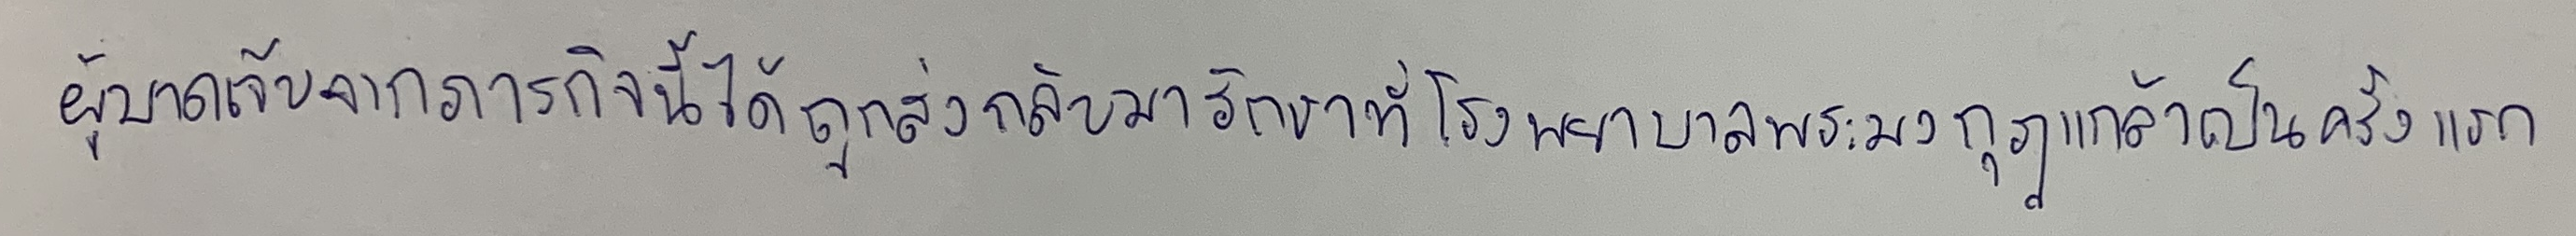
ผู้บาดเจ็บจากภารกิจนี้ได้ถูกส่งกลับมารักษาที่โรงพยาบาลพระมงกุฎเกล้าเป็นครั้งแรก